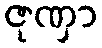
ဇုဏှာ